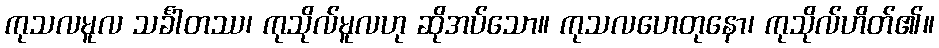
ကုသလမူလ သင်္ခါတဿ၊ ကုသိုလ်မူလဟု ဆိုအပ်သော။ ကုသလဟေတုနော၊ ကုသိုလ်ဟိတ်၏။